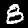
Label: 8